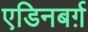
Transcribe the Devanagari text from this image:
एडिनबर्ग़